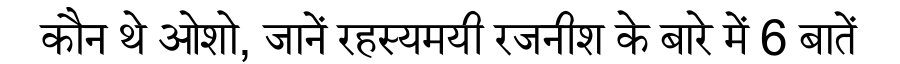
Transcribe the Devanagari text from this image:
कौन थे ओशो, जानें रहस्यमयी रजनीश के बारे में 6 बातें